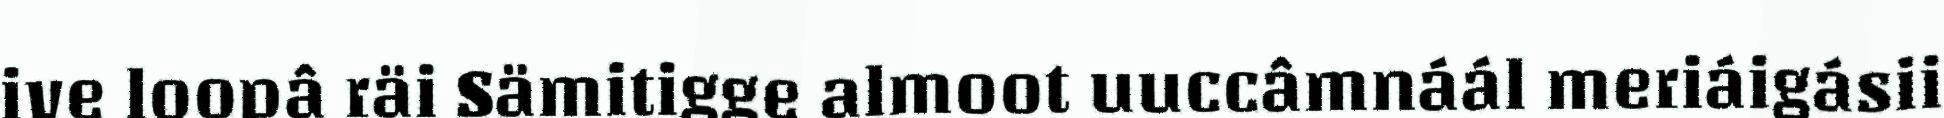
ive loopâ räi Sämitigge almoot uuccâmnáál meriáigásii